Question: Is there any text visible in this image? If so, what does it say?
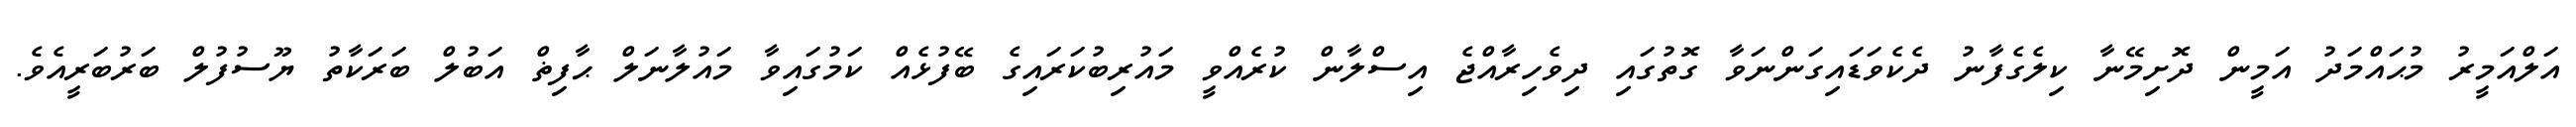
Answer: އަލްއަމީރު މުޙައްމަދު އަމީން ދޮށިމޭނާ ކިލެގެފާނު ދެކެވަޑައިގަންނަވާ ގޮތުގައި ދިވެހިރާއްޖެ އިސްލާން ކުރެއްވީ މައުރިބުކަރައިގެ ބޭފުޅެއް ކަމުގައިވާ މައުލާނަލް ޙާފިޡް އަބުލް ބަރަކާތު ޔޫސުފުލް ބަރުބަރީއެވެ.